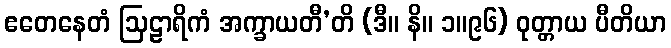
ဧတေနေတံ ဩဠာရိကံ အက္ခာယတီ’တိ (ဒီ။ နိ။ ၁။၉၆) ဝုတ္တာယ ပီတိယာ